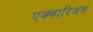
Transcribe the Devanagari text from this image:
एक्वारिअस